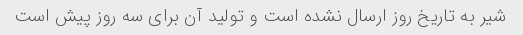
شیر به تاریخ روز ارسال نشده است و تولید آن برای سه روز پیش است